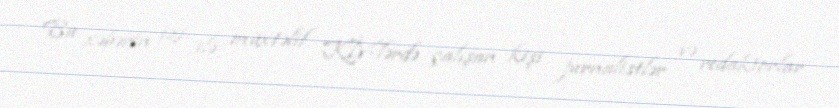
Bu xəbərin izi ilə müxtəlif KİV-lərdə çalışan kişi jurnalistlər və redaktorlar